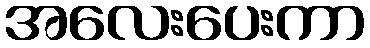
အလေးပေးကာ